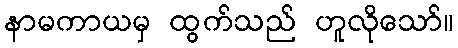
နာမကာယမှ ထွက်သည် ဟူလိုသော်။